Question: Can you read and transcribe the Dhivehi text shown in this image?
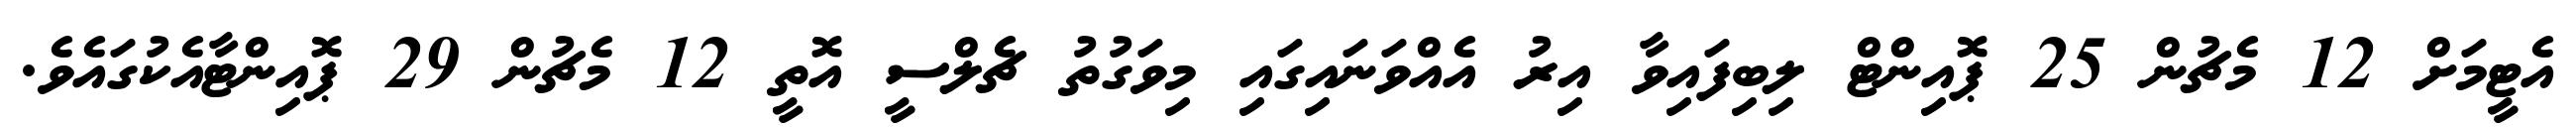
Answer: އެޓީމަށް 12 މެޗުން 25 ޕޮއިންޓް ލިބިފައިވާ އިރު އެއްވަނައިގައި މިވަގުތު ޗެލްސީ އޮތީ 12 މެޗުން 29 ޕޮއިންޓާއެކުގައެވެ.